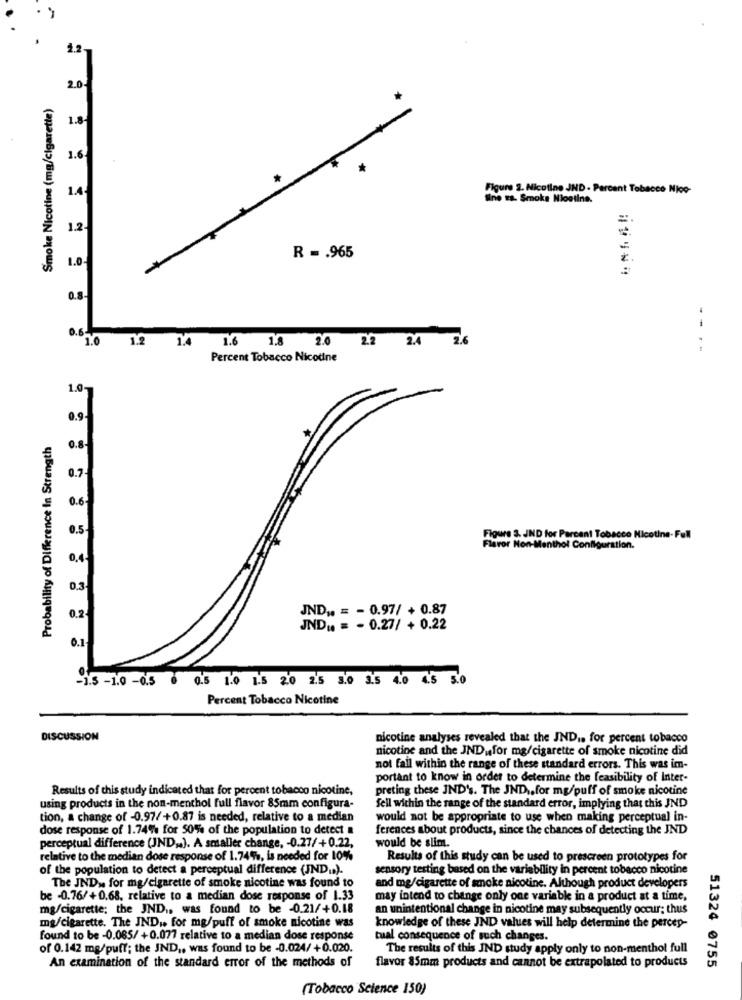
FFFFFFFF
1.2
2.0
Smoke Nicotine (mg/cigarette)
1.6
Figure 2. Nicotine JND - Percent Tobacco Nico-
line ss. Smoke Nioetine.
1.2
1.0
R =. 965
0.8.
0.6
1.4
1.6 1.8 2.0
2.2
2.4
2.6
--.
1.0 1.2
Percent Tobacco Nicotine
L.O.
Probability of Difference In Strength
0.8-
0.7
0.6
Figure 3. IND for Percent Tobacco Nicotine-Full
Flavor Non-Menthol Configuration.
0,4
0.3.
JND .. = - 0.97/ + 0.87
0.2
JND .. = - 0.27/ + 0.22
0.1
-1.5 -1.0 -0.5 0 0.5 1.0 1.5 2.0 2.5 8.0 2.5 4.0 4.5 5.0
Percent Tobacco Nicotine
DISCUSSION
nicotine analyses revealed that the IND .. for percent tobacco
nicotine and the JNDufor mg/cigarette of smoke nicotine did
not fall within the range of these standard errors. This was im-
portant to know in order to determine the feasibility of Inter-
Results of this study indicated that for percent tobacco nicotine,
preting these IND's. The JND .. for mg/puff of smoke nicotine
using products in the non-menthol full flavor 85mm configura-
fell within the range of the standard error, implying that this JND
tion, a change of -0.97/+0.87 is needed, relative to a median
would not be appropriate to use when making perceptual in-
dose response of 1.74% for 50% of the population to detect a
ferences about products, since the chances of detecting the JND
would be slim.
perceptual difference (JND ,. ). A smaller change, - 0.27/+0.22.
relative to the median dose response of 1.74%, is needed for 10%
Results of this study can be used to prescreen prototypes for
of the population to detect a perceptual difference (JNDu.).
sensory testing based on the variability in percent tobacco nicotine
The JND ,. for mg/cigarette of smoke nicotine was found to
and mg/cigarette of smoke nicotine. Although product developers
be -0.76/+0.68, relative to a median dose response of 1.33
may intend to change only one variable in a product at a time,
mg/cigarette; the JND ,, was found to be -0.21/+0.18
an unintentional change in nicotine may subsequently occur; thus
mg/cigarette. The IND .. for mg/puff of smoke nicotine was
knowledge of these JND values will help determine the percep-
found to be -0.085/ +0.077 relative to a median dose response
tual consequence of such changes.
of 0.142 mg/puff; the JND ,, was found to be -0.024/ +0.020.
The results of this JND study apply only to non-menthol full
An examination of the standard error of the methods of
flavor 85mm products and cannot be extrapolated to products
51324 0755
(Tobacco Science 150)